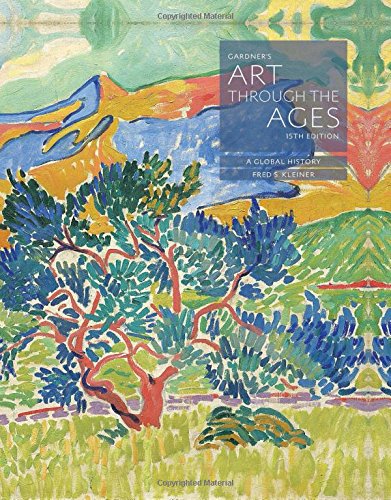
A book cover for Gardner's Art through the Ages: A Global History; Fred S. Kleiner; Arts & Photography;